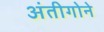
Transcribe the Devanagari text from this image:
अंतीगोने